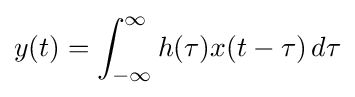
y(t)=\int _{-\infty }^{\infty }h(\tau )x(t-\tau )\,d\tau